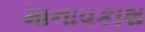
માનાવકાશ